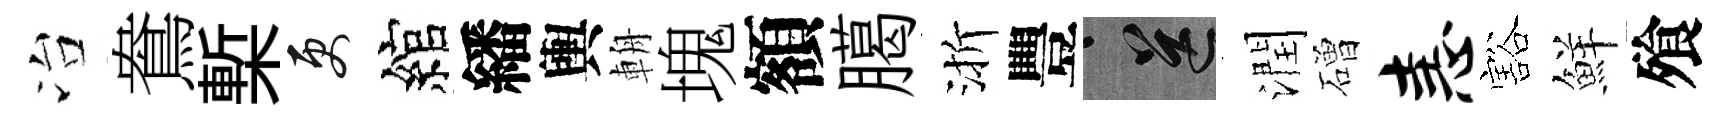
冶鴦槧更綰繙輿輈塊額臈渐豐送潤磳恚豁鮮飱